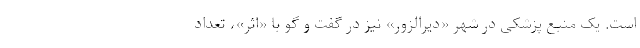
است. یک منبع پزشکی در شهر «دیرالزور» نیز در گفت و گو با «اثر»، تعداد